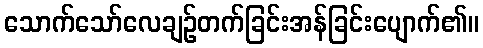
သောက်သော်လေချဉ်တက်ခြင်းအန်ခြင်းပျောက်၏။